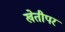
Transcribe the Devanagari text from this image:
खेतीपर